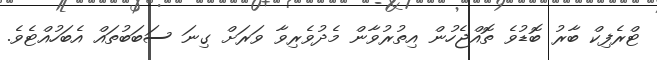
ޓްރެފިކް ބާރު ބޮޑުވެ ތޮއްޖެހުން އިތުރުވާން މެދުވެރިވާ ވަރަށް ގިނަ ސަބަބުތައް އެބަހުއްޓެވެ.